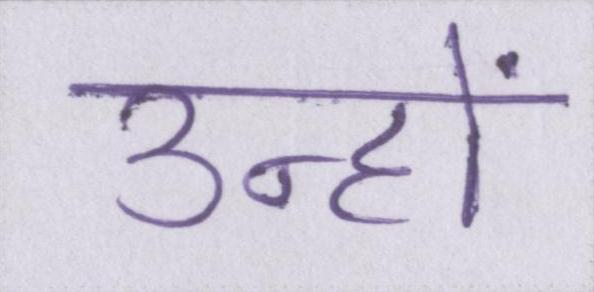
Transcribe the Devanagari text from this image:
उन्हों